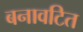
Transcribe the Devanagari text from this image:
बनावटित